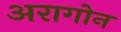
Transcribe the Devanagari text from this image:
अरागोन